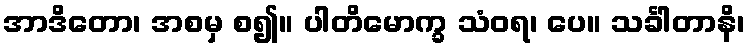
အာဒိတော၊ အစမှ စ၍။ ပါတိမောက္ခ သံဝရ၊ ပေ။ သင်္ခါတာနိ၊